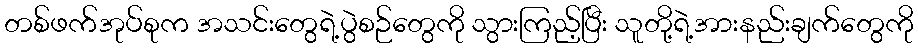
တစ်ဖက်အုပ်စုက အသင်းတွေရဲ့ပွဲစဉ်တွေကို သွားကြည့်ပြီး သူတို့ရဲ့အားနည်းချက်တွေကို